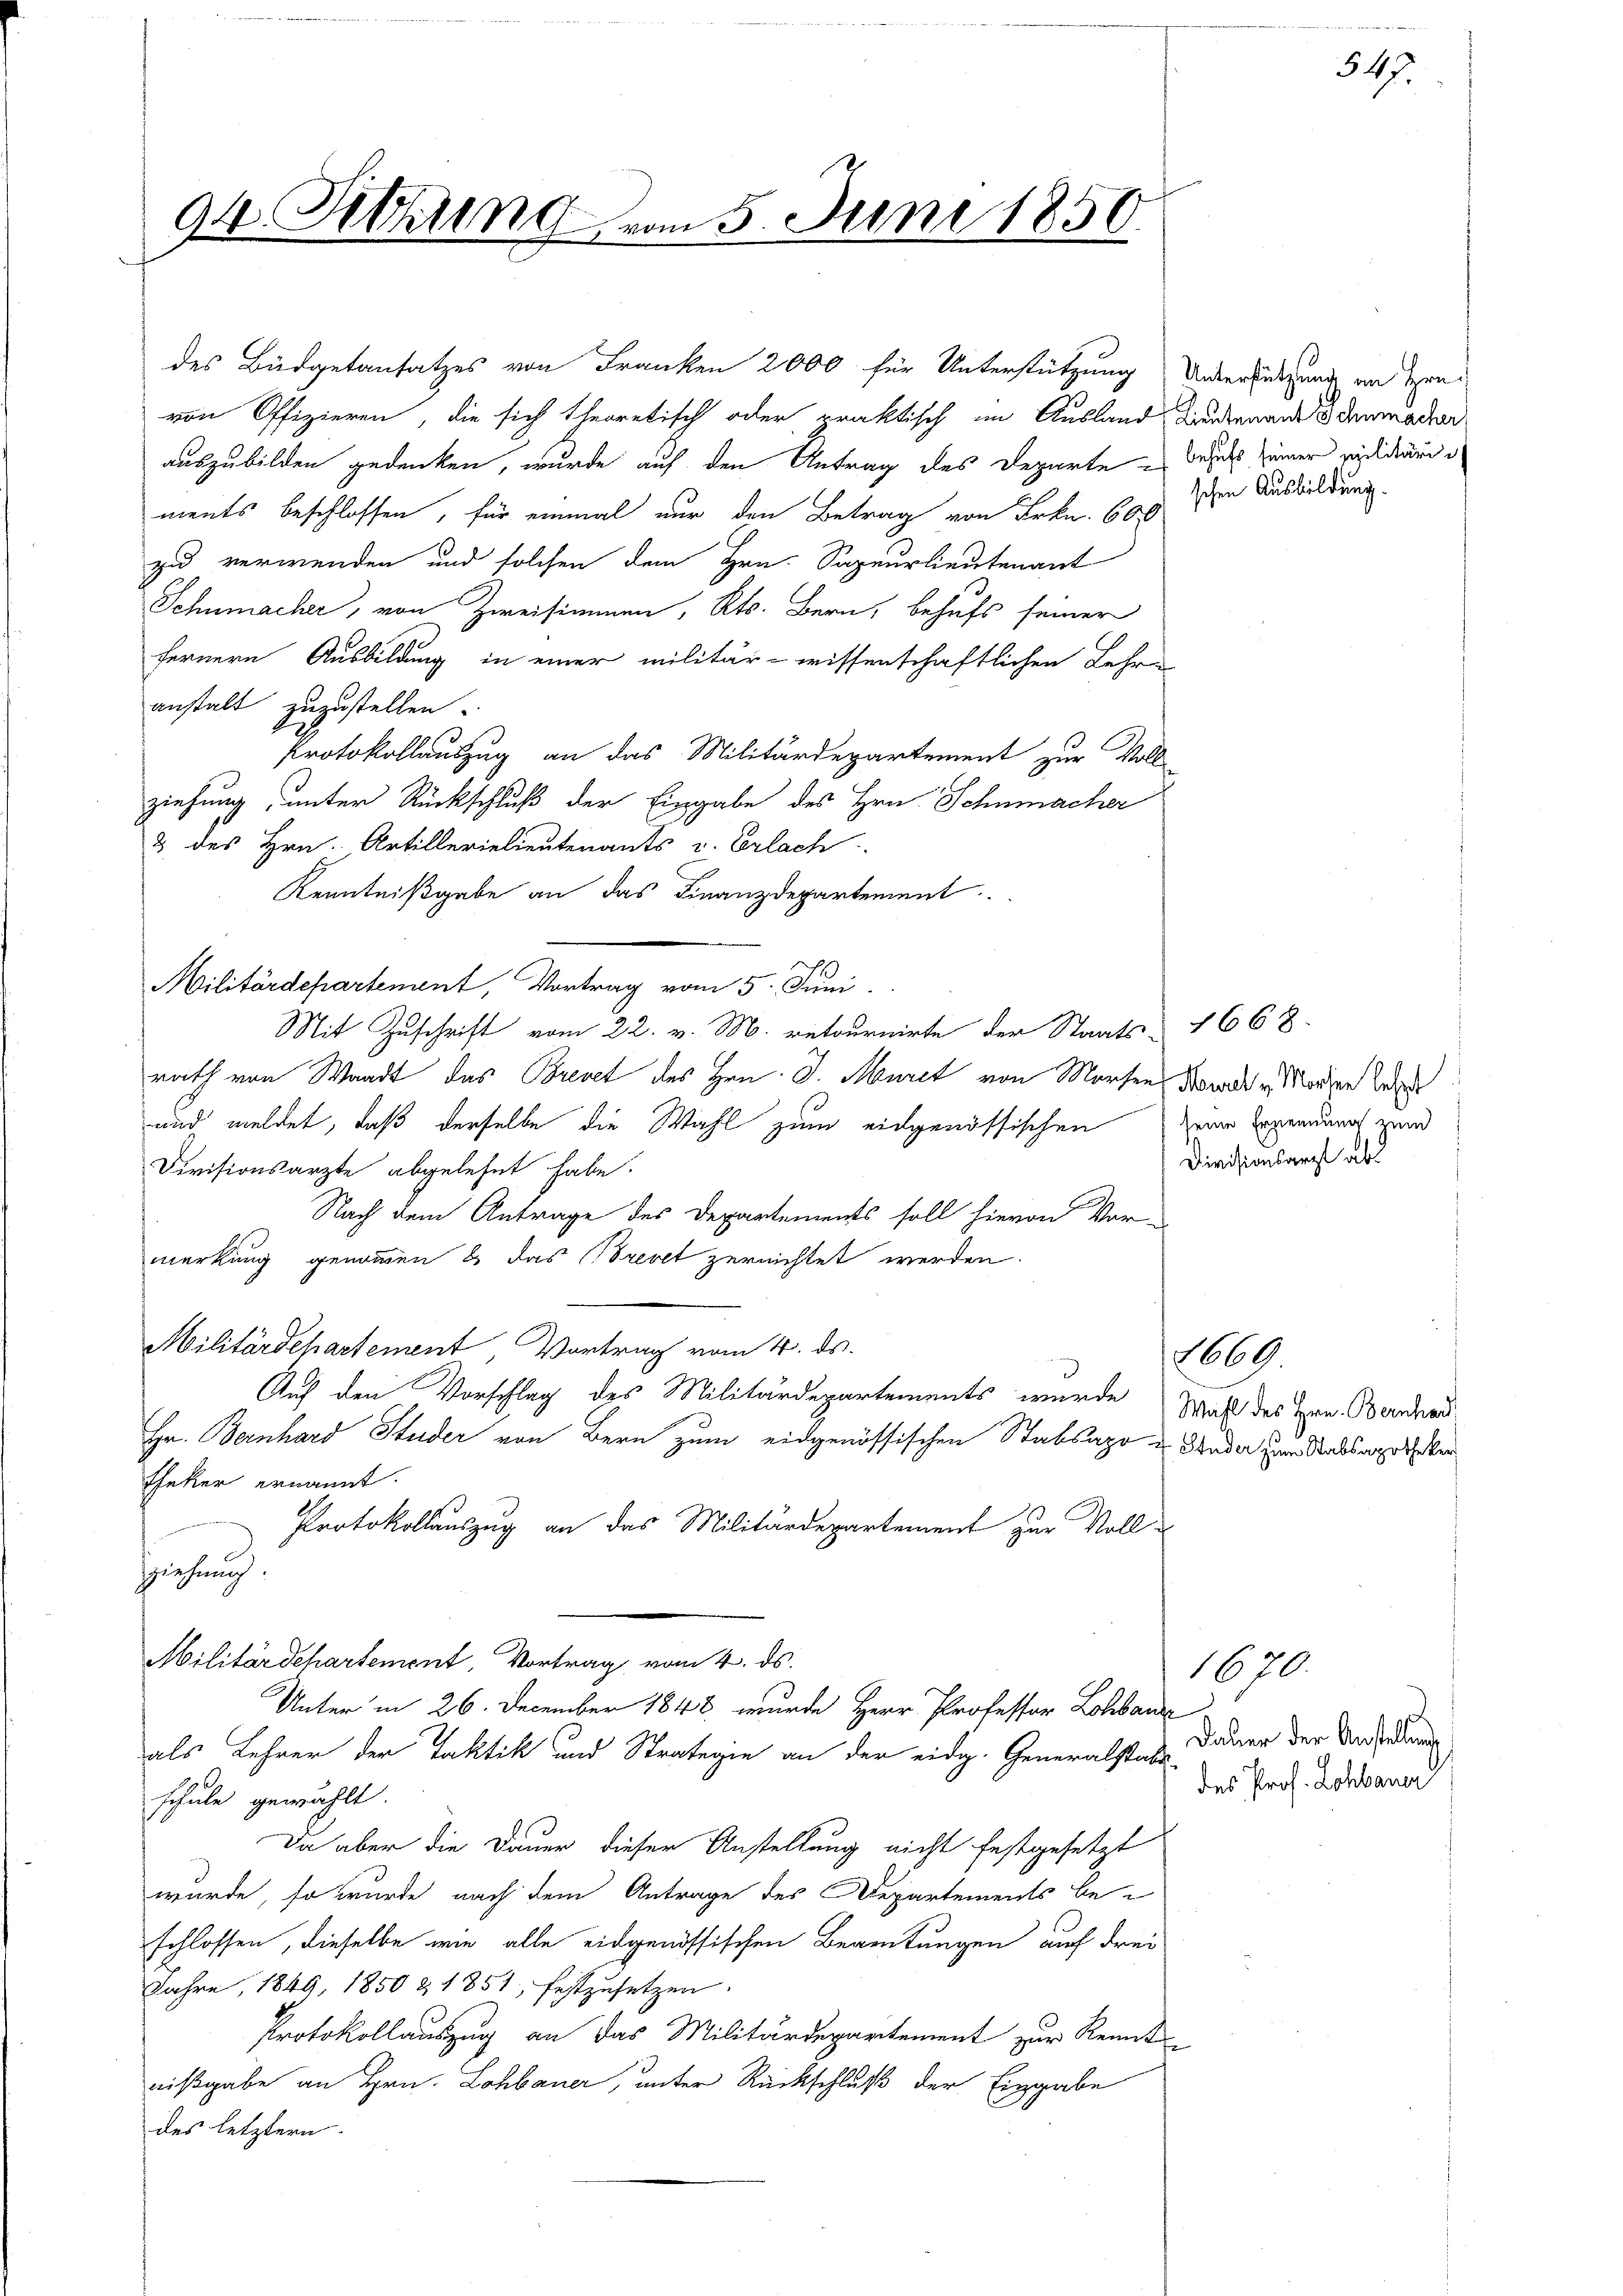
94 Rehung vom 5. Juni 1850.

des Büdgetansatzes von Franken 2000 für Unterstützung
von Offizieren, die sich theoretisch oder praktisch im Ausland
auszubilden gedenken, wurde auf den Antrag des Departe besuch seiner vididiari
ments beschlossen, für einmal nur den Betrag von Frkn. 600
zu verwenden und solchen dem Hrn. Sapeurlieutenant
Schumacher, von Zweisimmen, Kts. Bern, behufs seiner
fernere Ausbildung in einer militär- wissenschaftlichen Lehre
anstalt zuzustellen.
Protokollauszug an das Militärdepartement zur Voll-
ziehung, unter Rückschluß der Eingabe des Hrn. Schnmacher
3 des Hrn. Artillerielieutenants v. Erlach
Kenntnißgabe an das Finanzdepartement.
Militärdepartement, Vortrag vom 5. Juni.
Mit Zuschrift vom 22. v. M. retournirte der Staats 1668.
rath von Waadt das Brevet des Hrn. J. Müret von Morfen Sowald v. Morgen oder
und meldet, daß derselbe die Wahl zum eidgenössischen Zeiner Eigennung zum
Divisionsarzte abgelehnt habe.
Nach dem Antrage des Departements soll hievon Vor-
merkung genommen & das revet zerrichtet werden.
Militärschartement, Vortrag vom 4. ds.
Auf den Vorschlag des Militärdepartements wurde
Hr. Bernhard Studer von Bern zum eidgenössischen Stabsapo u Bruder zum Stabsagers ber
theker ernannt.
Protokollauszug an das Militärdepartement zur Voll¬
Zziehung
Militärdepartement, Vortrag vom 4. ds.
Unter in 26. December 1848 wurde Herr Professor Lohbaue
als Lehrer der Taktik und Straterie an der eidg. Generalstage Dauer der Unterlan
schule gewählt.
Da aber die Dauer dieser Anstellung nicht festgesetzt
würde, so wurde nach dem Antrage des Departements be-
schlossen, dieselbe wie alle eidgenössischen Bereitungen auch drei
Jahre, 1849, 1850 & 1851, festzusetzen.
Protokollauszug an das Militärdepartement zur Kennt-
nißgabe an Hrn. Lohbauer, unter Rückschluß der Eingabe
des letztern.

Unterstützung an Hrn.
Lieutenant Schumacher
schen Ausbildung.

Divisionsarzt ab

1669
Wahl des Hrn. Bernhar

des Prof. Lohbauer

1670.

347